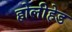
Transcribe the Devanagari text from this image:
होलीहेड